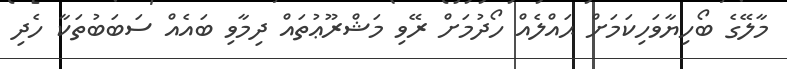
މާލޭގެ ބޯހިޔާވަހިކަމަށް ޙައްލެއް ހޯދުމަށް ރޭވި މަޝްރޫޢުތައް ދިމާވި ބައެއް ސަބަބުތަކާ ހެދި